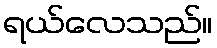
ရယ်လေသည်။